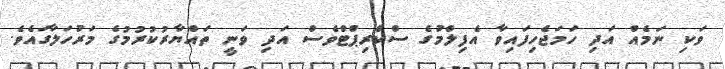
ވަކި ނަމެއް އަދި ހަމަޖެހިފައިވާ އެފިލްމުގެ ސްކްރިޕްޓްވެސް އަދި ވަނީ ތައްޔާރުކުރުމުގެ މަރުހަލާގައެވެ.